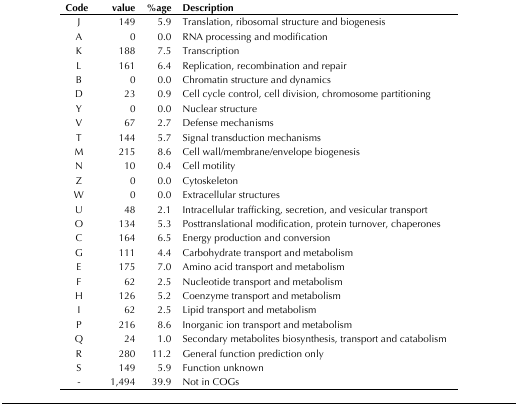
| Code | value | %age | Description |
 | --- | --- | --- | --- |
 | J | 149 | 5.9 | Translation, ribosomal structure and biogenesis |
 | A | 0 | 0.0 | RNA processing and modification |
 | K | 188 | 7.5 | Transcription |
 | L | 161 | 6.4 | Replication, recombination and repair |
 | B | 0 | 0.0 | Chromatin structure and dynamics |
 | D | 23 | 0.9 | Cell cycle control, cell division, chromosome partitioning |
 | Y | 0 | 0.0 | Nuclear structure |
 | V | 67 | 2.7 | Defense mechanisms |
 | T | 144 | 5.7 | Signal transduction mechanisms |
 | M | 215 | 8.6 | Cell wall/membrane/envelope biogenesis |
 | N | 10 | 0.4 | Cell motility |
 | Z | 0 | 0.0 | Cytoskeleton |
 | W | 0 | 0.0 | Extracellular structures |
 | U | 48 | 2.1 | Intracellular trafficking, secretion, and vesicular transport |
 | O | 134 | 5.3 | Posttranslational modification, protein turnover, chaperones |
 | C | 164 | 6.5 | Energy production and conversion |
 | G | 111 | 4.4 | Carbohydrate transport and metabolism |
 | E | 175 | 7.0 | Amino acid transport and metabolism |
 | F | 62 | 2.5 | Nucleotide transport and metabolism |
 | H | 126 | 5.2 | Coenzyme transport and metabolism |
 | I | 62 | 2.5 | Lipid transport and metabolism |
 | P | 216 | 8.6 | Inorganic ion transport and metabolism |
 | Q | 24 | 1.0 | Secondary metabolites biosynthesis, transport and catabolism |
 | R | 280 | 11.2 | General function prediction only |
 | S | 149 | 5.9 | Function unknown |
 | - | 1,494 | 39.9 | Not in COGs |